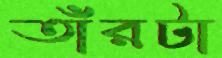
তাঁরটা